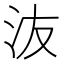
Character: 𰛍